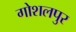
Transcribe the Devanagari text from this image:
गोशलपुर